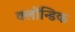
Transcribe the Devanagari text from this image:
क्लोंन्डिक